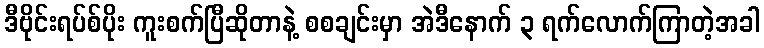
ဒီဗိုင်းရပ်စ်ပိုး ကူးစက်ပြီဆိုတာနဲ့ စစချင်းမှာ အဲဒီနောက် ၃ ရက်လောက်ကြာတဲ့အခါ